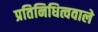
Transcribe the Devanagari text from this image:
प्रतिनिधित्ववाले